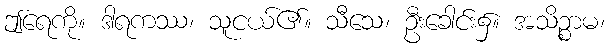
ဤရေကို။ ဒါရကဿ၊ သူငယ်၏။ သီသေ၊ ဦးခေါင်း၌။ အသိဉ္စာမ၊